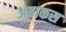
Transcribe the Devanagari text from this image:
अबाकस